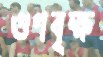
গুণবৃক্ষ